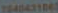
7640431065